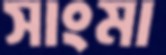
সাংমা